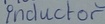
Text: Inductor